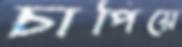
চাপিয়ে